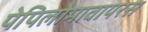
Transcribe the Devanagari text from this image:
पेपिलोमावायरस